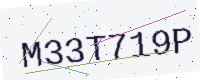
Text: M33T719P